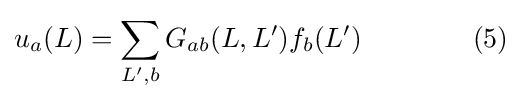
u_{a}(L)=\sum _{L',b}G_{ab}(L,L')f_{b}(L')\qquad \qquad (5)